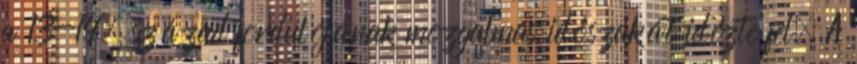
a 13-14. század fordulójának mozgalmas időszakát idézte fel. A